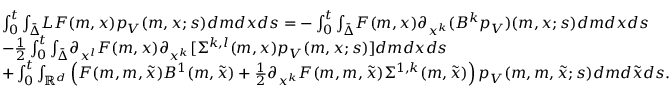
\begin{array} { r l } & { \int _ { 0 } ^ { t } { \int _ { \bar { \Delta } } } { \cal L } F ( m , x ) p _ { V } ( m , x ; s ) d m d x d s = - \int _ { 0 } ^ { t } { \int _ { \bar { \Delta } } } F ( m , x ) \partial _ { x ^ { k } } ( B ^ { k } p _ { V } ) ( m , x ; s ) d m d x d s } \\ & { - \frac { 1 } { 2 } \int _ { 0 } ^ { t } { \int _ { \bar { \Delta } } } \partial _ { x ^ { l } } F ( m , x ) \partial _ { x ^ { k } } [ \Sigma ^ { { k , l } } ( m , x ) p _ { V } ( m , x ; s ) ] d m d x d s } \\ & { + \int _ { 0 } ^ { t } \int _ { { \mathbb R } ^ { d } } \left( F ( m , m , \tilde { x } ) B ^ { 1 } ( m , \tilde { x } ) + \frac { 1 } { 2 } \partial _ { x ^ { k } } F ( m , m , \tilde { x } ) \Sigma ^ { 1 , k } ( m , \tilde { x } ) \right) p _ { V } ( m , m , \tilde { x } ; s ) d m d \tilde { x } d s . } \end{array}